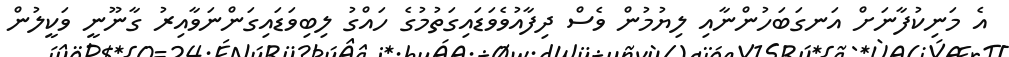
އެ މަނިކުފާނަށް އަނގަބަހުންނާއި ލިޔުމުން ވެސް ދިފާއުވެވަޑައިގަތުމުގެ ހައްގު ލިބިވަޑައިގަންނަވާއިރު ގާނޫނީ ވަކީލުން